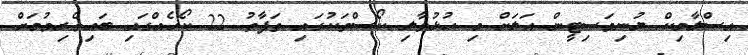
އިސްލާމިކް ޔުނިވަސިޓީން އަލަށް މި ހުޅުވާލި ކޯސްތަކުގައި ތަފާތު 22 ކޯހެއްގައި ބައިވެރިވުމަށް